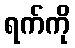
ရက်ကို